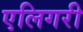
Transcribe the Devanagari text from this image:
एलिगरी